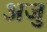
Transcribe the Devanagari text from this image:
अजु